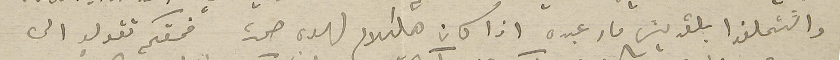
والتتحلفوا بالقديسَ مار عبده اذا كان هالكلام لهوه صحت فحقكم تقولو الى